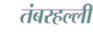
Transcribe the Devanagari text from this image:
तंबरहल्ली